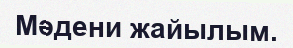
Мәдени жайылым.